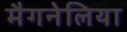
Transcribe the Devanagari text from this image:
मैगनेलिया